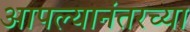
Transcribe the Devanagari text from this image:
आपल्यानंतरच्या